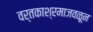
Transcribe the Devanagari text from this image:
वर्तकाश्रमाजवळून